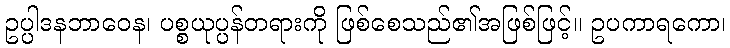
ဥပ္ပါဒနဘာဝေန၊ ပစ္စယုပ္ပန်တရားကို ဖြစ်စေသည်၏အဖြစ်ဖြင့်။ ဥပကာရကော၊